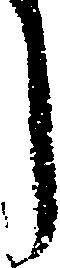
う